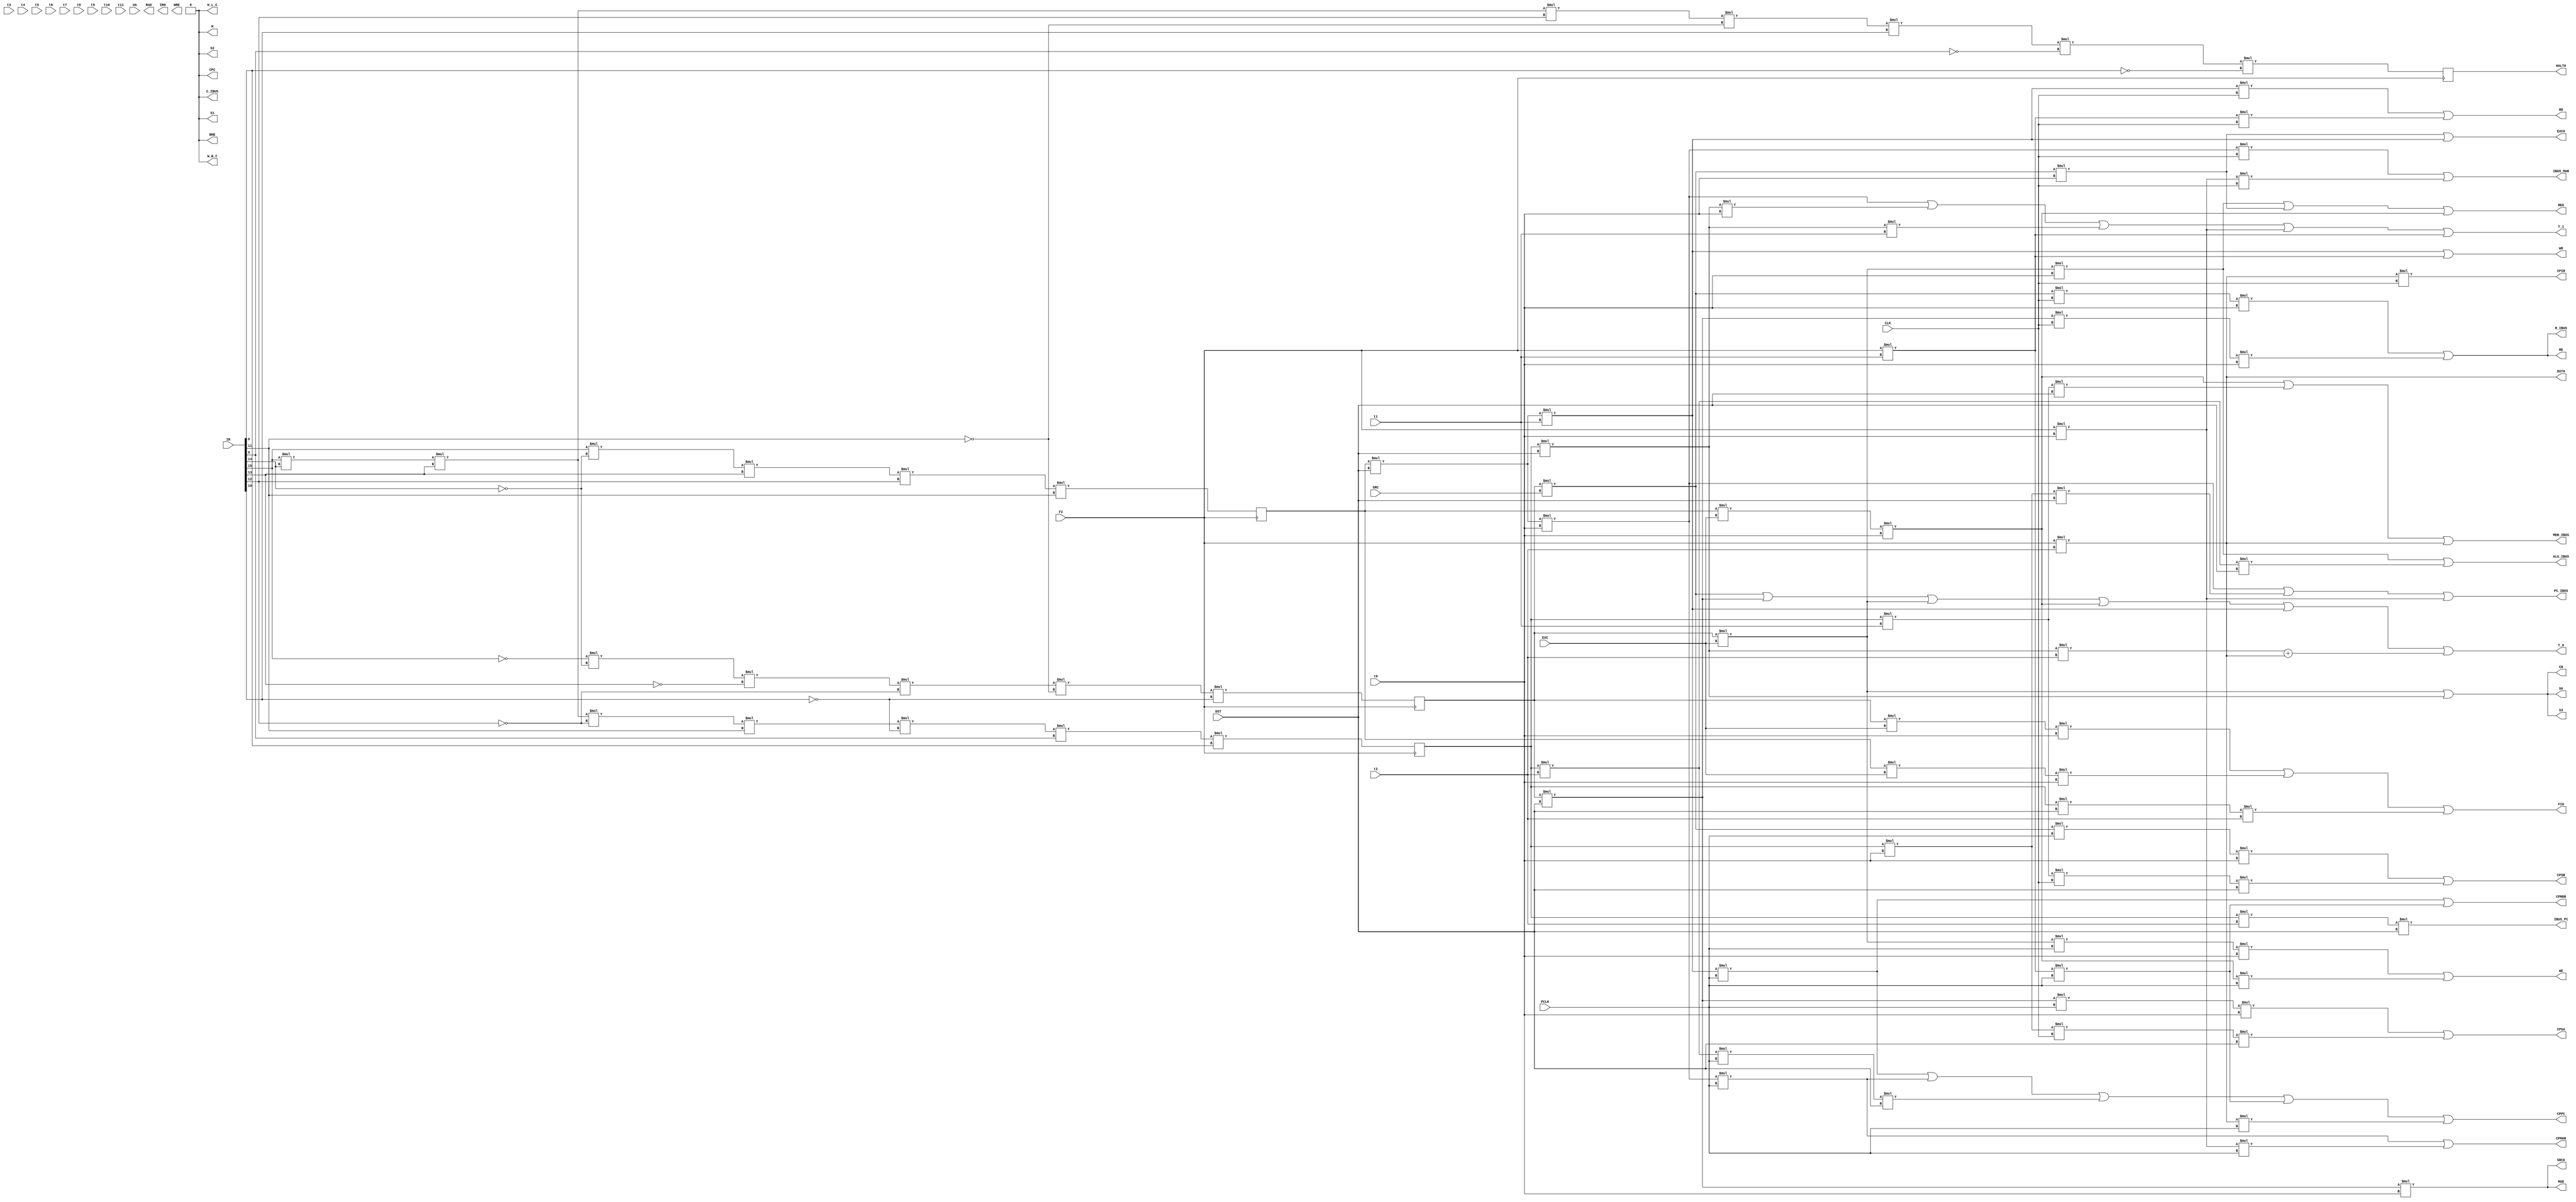
module CTRL_SIGNAL_GEN(CLK,PCLK,t0,t1,t2,t3,t4,t5,t6,t7,t8,t9,t10,t11,FI,SRC,DST,EXC,IR,UA,HALT0,SRC0,EXC0,DST0,FI0,T_0,T_1,REG,MOD,RAD,CPIR,IR0,CPC,H_L_C,W_B_C,C_IBUS,RE,WE,R_IBUS,S0,S1,S2,S3,M,CN,ALU_IBUS,CPSA,CPSB,CPMAR,IBUS_MAR,RD,WR,WRE,BHE,MDR_IBUS,CPMDR,CPPC,IBUS_PC,PC_IBUS);
//Clock&Timer&Status
input CLK,PCLK,t0,t1,t2,t3,t4,t5,t6,t7,t8,t9,t10,t11,SRC,EXC,DST,FI;
output HALT0,SRC0,EXC0,DST0,FI0,T_0,T_1;
reg HALT0,SRC0,EXC0,DST0,FI0,T_0,T_1;
//ADR_GEN
output REG,MOD,RAD;
reg REG,MOD,RAD;
//IR
input [15:0]IR;
output CPIR,IR0;
reg CPIR,IR0;
//FR(reg)
reg [15:0]FR;
//Bus_Regster
output CPC,H_L_C,W_B_C,C_IBUS;
reg CPC,H_L_C,W_B_C,C_IBUS;
//Register Group
output RE,WE,R_IBUS;
reg RE,WE,R_IBUS;
//ALU
output S0,S1,S2,S3;
output M,CN;
output ALU_IBUS;
output CPSA,CPSB;
reg S0,S1,S2,S3;
reg M,CN;
reg ALU_IBUS;
reg CPSA,CPSB;
//MEM
output CPMAR,IBUS_MAR;
output RD,WR,WRE,BHE;
output MDR_IBUS,CPMDR;
reg CPMAR,IBUS_MAR;
reg RD,WR,WRE,BHE;
reg MDR_IBUS,CPMDR;
//PC
output CPPC,IBUS_PC,PC_IBUS;
reg CPPC,IBUS_PC,PC_IBUS;
//MEM Aligment

input UA;

//Commands
reg JMPI;
reg MOVRR;

reg MOVRIW;
reg MOVRIB;

reg MOVMR;
reg MOVRM;

reg MOVBR;
reg MOVRB;

reg ADDRR;

reg NOTA;


always@(negedge FI)
begin
HALT0<=IR[15]*IR[14]*IR[13]*IR[12]*!IR[11]*IR[10]*!IR[9]*!IR[8];

//MOVRR;
MOVRIW<=IR[15]*!IR[14]*IR[13]*IR[12]*IR[11];
MOVRIB<=IR[15]*!IR[14]*IR[13]*IR[12]*!IR[11];
ADDRR<=!IR[15]*!IR[14]*!IR[13]*!IR[12]*!IR[11]*!IR[10];
//MOVRMW<=IR[15]*!IR[14]*!IR[13]*!IR[12]*IR[11]*!IR[10]*IR[9]*IR[8];
//MOVRMB<=IR[15]*!IR[14]*!IR[13]*!IR[12]*IR[11]*!IR[10]*IR[9]*!IR[8];
//MOVMRW<=IR[15]*!IR[14]*!IR[13]*!IR[12]*IR[11]*!IR[10]*!IR[9]*IR[8];
//MOVMRB<=IR[15]*!IR[14]*!IR[13]*!IR[12]*IR[11]*!IR[10]*!IR[9]*!IR[8];
//MOVRM;
//MOVBR;
//MOVRB;
JMPI<=IR[15]*IR[14]*IR[13]*!IR[12]*IR[11]*!IR[10]*IR[9]*IR[8];
end

always@(CLK or PCLK or t0 or t1 or t2 or t3 or t4 or t5 or t6 or t7 or t8 or t9 or t10 or t11 or FI or SRC or DST or EXC)
begin

//Time
T_0<=
ADDRR*SRC|ADDRR*DST|ADDRR*EXC|
MOVRIW*EXC*t0|MOVRIW*DST*t1|
JMPI*DST*t2+
FI*t2; //FI

T_1<=
MOVRIW*DST*t0|
JMPI*DST*t0|JMPI*DST*t1|
FI*t0|FI*t1; //FI

//Status
FI0<=
ADDRR*EXC*t0|
MOVRIW*EXC*t0|
JMPI*DST*t2|
0;

DST0<=
FI*t2; //FI

SRC0<=
ADDRR*DST*t0;

EXC0<=
ADDRR*SRC*t0|
MOVRIW*DST*t1;

//Instructions

PC_IBUS<=
MOVRIW*DST*t0|
JMPI*t0*DST|
FI*t0;//FI

CPSA<=
ADDRR*DST*PCLK*t0|
JMPI*t0*CLK*DST;

CPSB<=
ADDRR*SRC*PCLK*t0|
JMPI*t1*CLK*DST;

IBUS_PC<=
JMPI*t2*DST|
0;

 
CPPC<=
MOVRIW*DST*t1*PCLK|MOVRIW*DST*t0*PCLK|
JMPI*t2*PCLK*DST|
FI*t1*PCLK|FI*t2*PCLK;

ALU_IBUS<=
ADDRR*EXC*t0|
JMPI*t2*DST;

S0<=
ADDRR*EXC|
JMPI*DST;
S1<=
0;
S2<=
0;
S3<=
ADDRR*EXC|
JMPI*DST;
M<=
0;
CN<=
ADDRR*EXC|
JMPI*DST;

IBUS_MAR<=
MOVRIW*DST*t0*CLK|
FI*t0*CLK;//FI

WR<=
MOVRIW*DST*t1|
FI*t1;

CPMAR<=
MOVRIW*DST*t0*PCLK|
FI*t0*PCLK;//FI

BHE<=
0;

W_B_C<=
0;

H_L_C<=
0;

RD<=
MOVRIW*DST*t1*CLK|
FI*t1*CLK;//FI //FIU

CPC<=
0;

C_IBUS<=
0;//FIU

CPMDR<=
MOVRIW*DST*t1*PCLK|
FI*t1*PCLK;//FI

MDR_IBUS<=
MOVRIW*EXC*t0|
JMPI*t1*DST|
FI*t2;//FI

CPIR<=
FI*t2*CLK;//FI

MOD<=
ADDRR*DST*t0;

REG<=
ADDRR*EXC*t0|
ADDRR*SRC*t0|
MOVRIW*EXC*t0;

R_IBUS<=
ADDRR*SRC*CLK*t0|
ADDRR*DST*CLK*t0;

RE<=
ADDRR*DST*CLK*t0|
ADDRR*SRC*CLK*t0;

WE<=
ADDRR*EXC*PCLK*t0|
MOVRIW*EXC*t0*PCLK;

end
endmodule